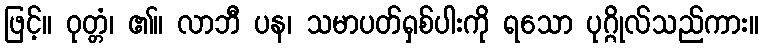
ဖြင့်။ ဝုတ္တံ၊ ၏။ လာဘီ ပန၊ သမာပတ်ရှစ်ပါးကို ရသော ပုဂ္ဂိုလ်သည်ကား။